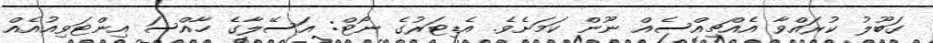
ގަބޫލު ކުރައްވާ އެއްޗިއްސެއް ނޫން ކަމަށެވެ. އެޑިޓަރުގެ ނޯޓް: އަސޭލާގެ ހާއްސަ އިންޓަވިއުއެއް